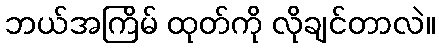
ဘယ်အကြိမ် ထုတ်ကို လိုချင်တာလဲ။